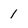
Character: 1